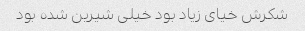
شکرش خیای زیاد بود خیلی شیرین شده بود